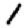
Digit: 1